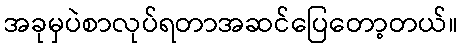
အခုမှပဲစာလုပ်ရတာအဆင်ပြေတော့တယ်။